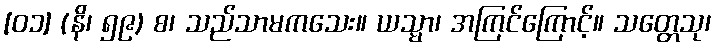
[၀၁] (နိ၊ ၅၉) စ၊ သည်သာမကသေး။ ယသ္မာ၊ အကြင်ကြောင့်။ သတ္တေသု၊